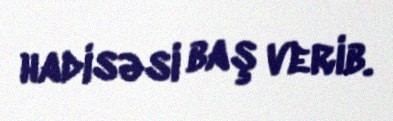
hadisəsi baş verib.